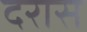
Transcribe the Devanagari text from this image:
दरास